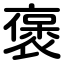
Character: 褒